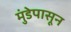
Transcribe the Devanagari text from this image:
मुंडेपासून